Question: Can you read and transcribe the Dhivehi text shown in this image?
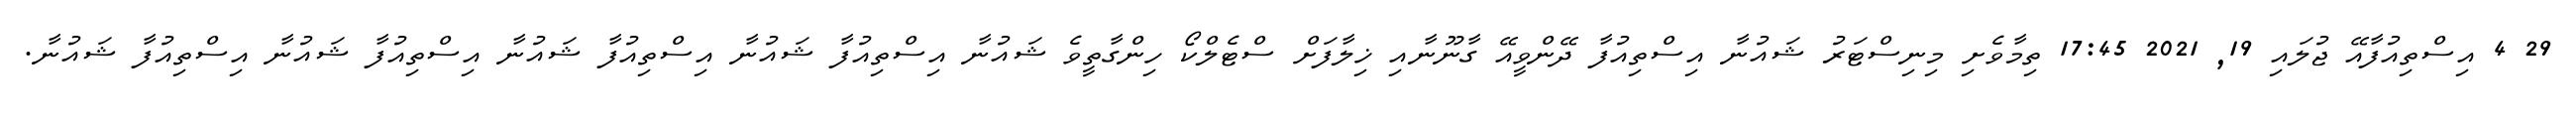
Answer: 29 4 އިސްތިއުފާއޭ ޖުލައި 19, 2021 17:45 ތިމާވެށި މިނިސްޓަރު ޝައުނާ އިސްތިއުފާ ދޭންވީއޭ ގާނޫނާއި ޚިލާފަށް ސްޓެލްކޯ ހިންގާތީވެ ޝައުނާ އިސްތިއުފާ ޝައުނާ އިސްތިއުފާ ޝައުނާ އިސްތިއުފާ ޝައުނާ އިސްތިއުފާ ޝައުނާ.